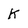
Character: K